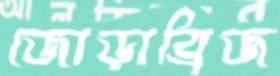
জোড়াব্রিজ